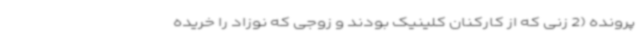
پرونده (2 زنی که از کارکنان کلینیک بودند و زوجی که نوزاد را خریده